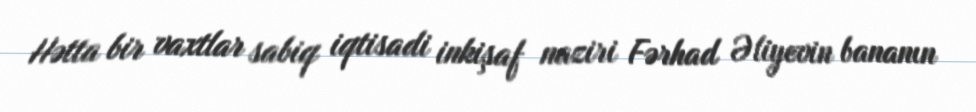
Hətta bir vaxtlar sabiq iqtisadi inkişaf naziri Fərhad Əliyevin bananın